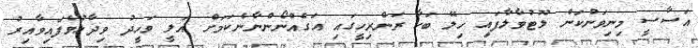
އަސާސީ މިނިވަންކަން ލޫޓުވާލާފައި ހިލޭ ބަހާ ރަންރިހީގައި އަގެއްނޯންނާނެކަމަށް އަލީ ވަހީދު ވިދާޅުވެފައިވާއިރު